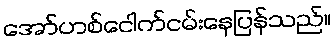
အော်ဟစ်ငေါက်ငမ်းနေပြန်သည်။